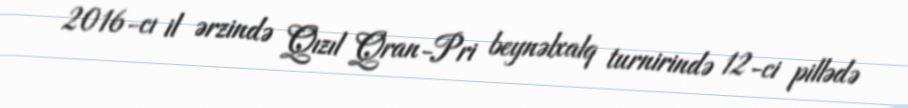
2016-cı il ərzində Qızıl Qran-Pri beynəlxalq turnirində 12-ci pillədə